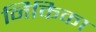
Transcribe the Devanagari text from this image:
निकिका